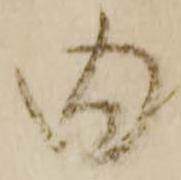
内